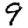
Digit: 9